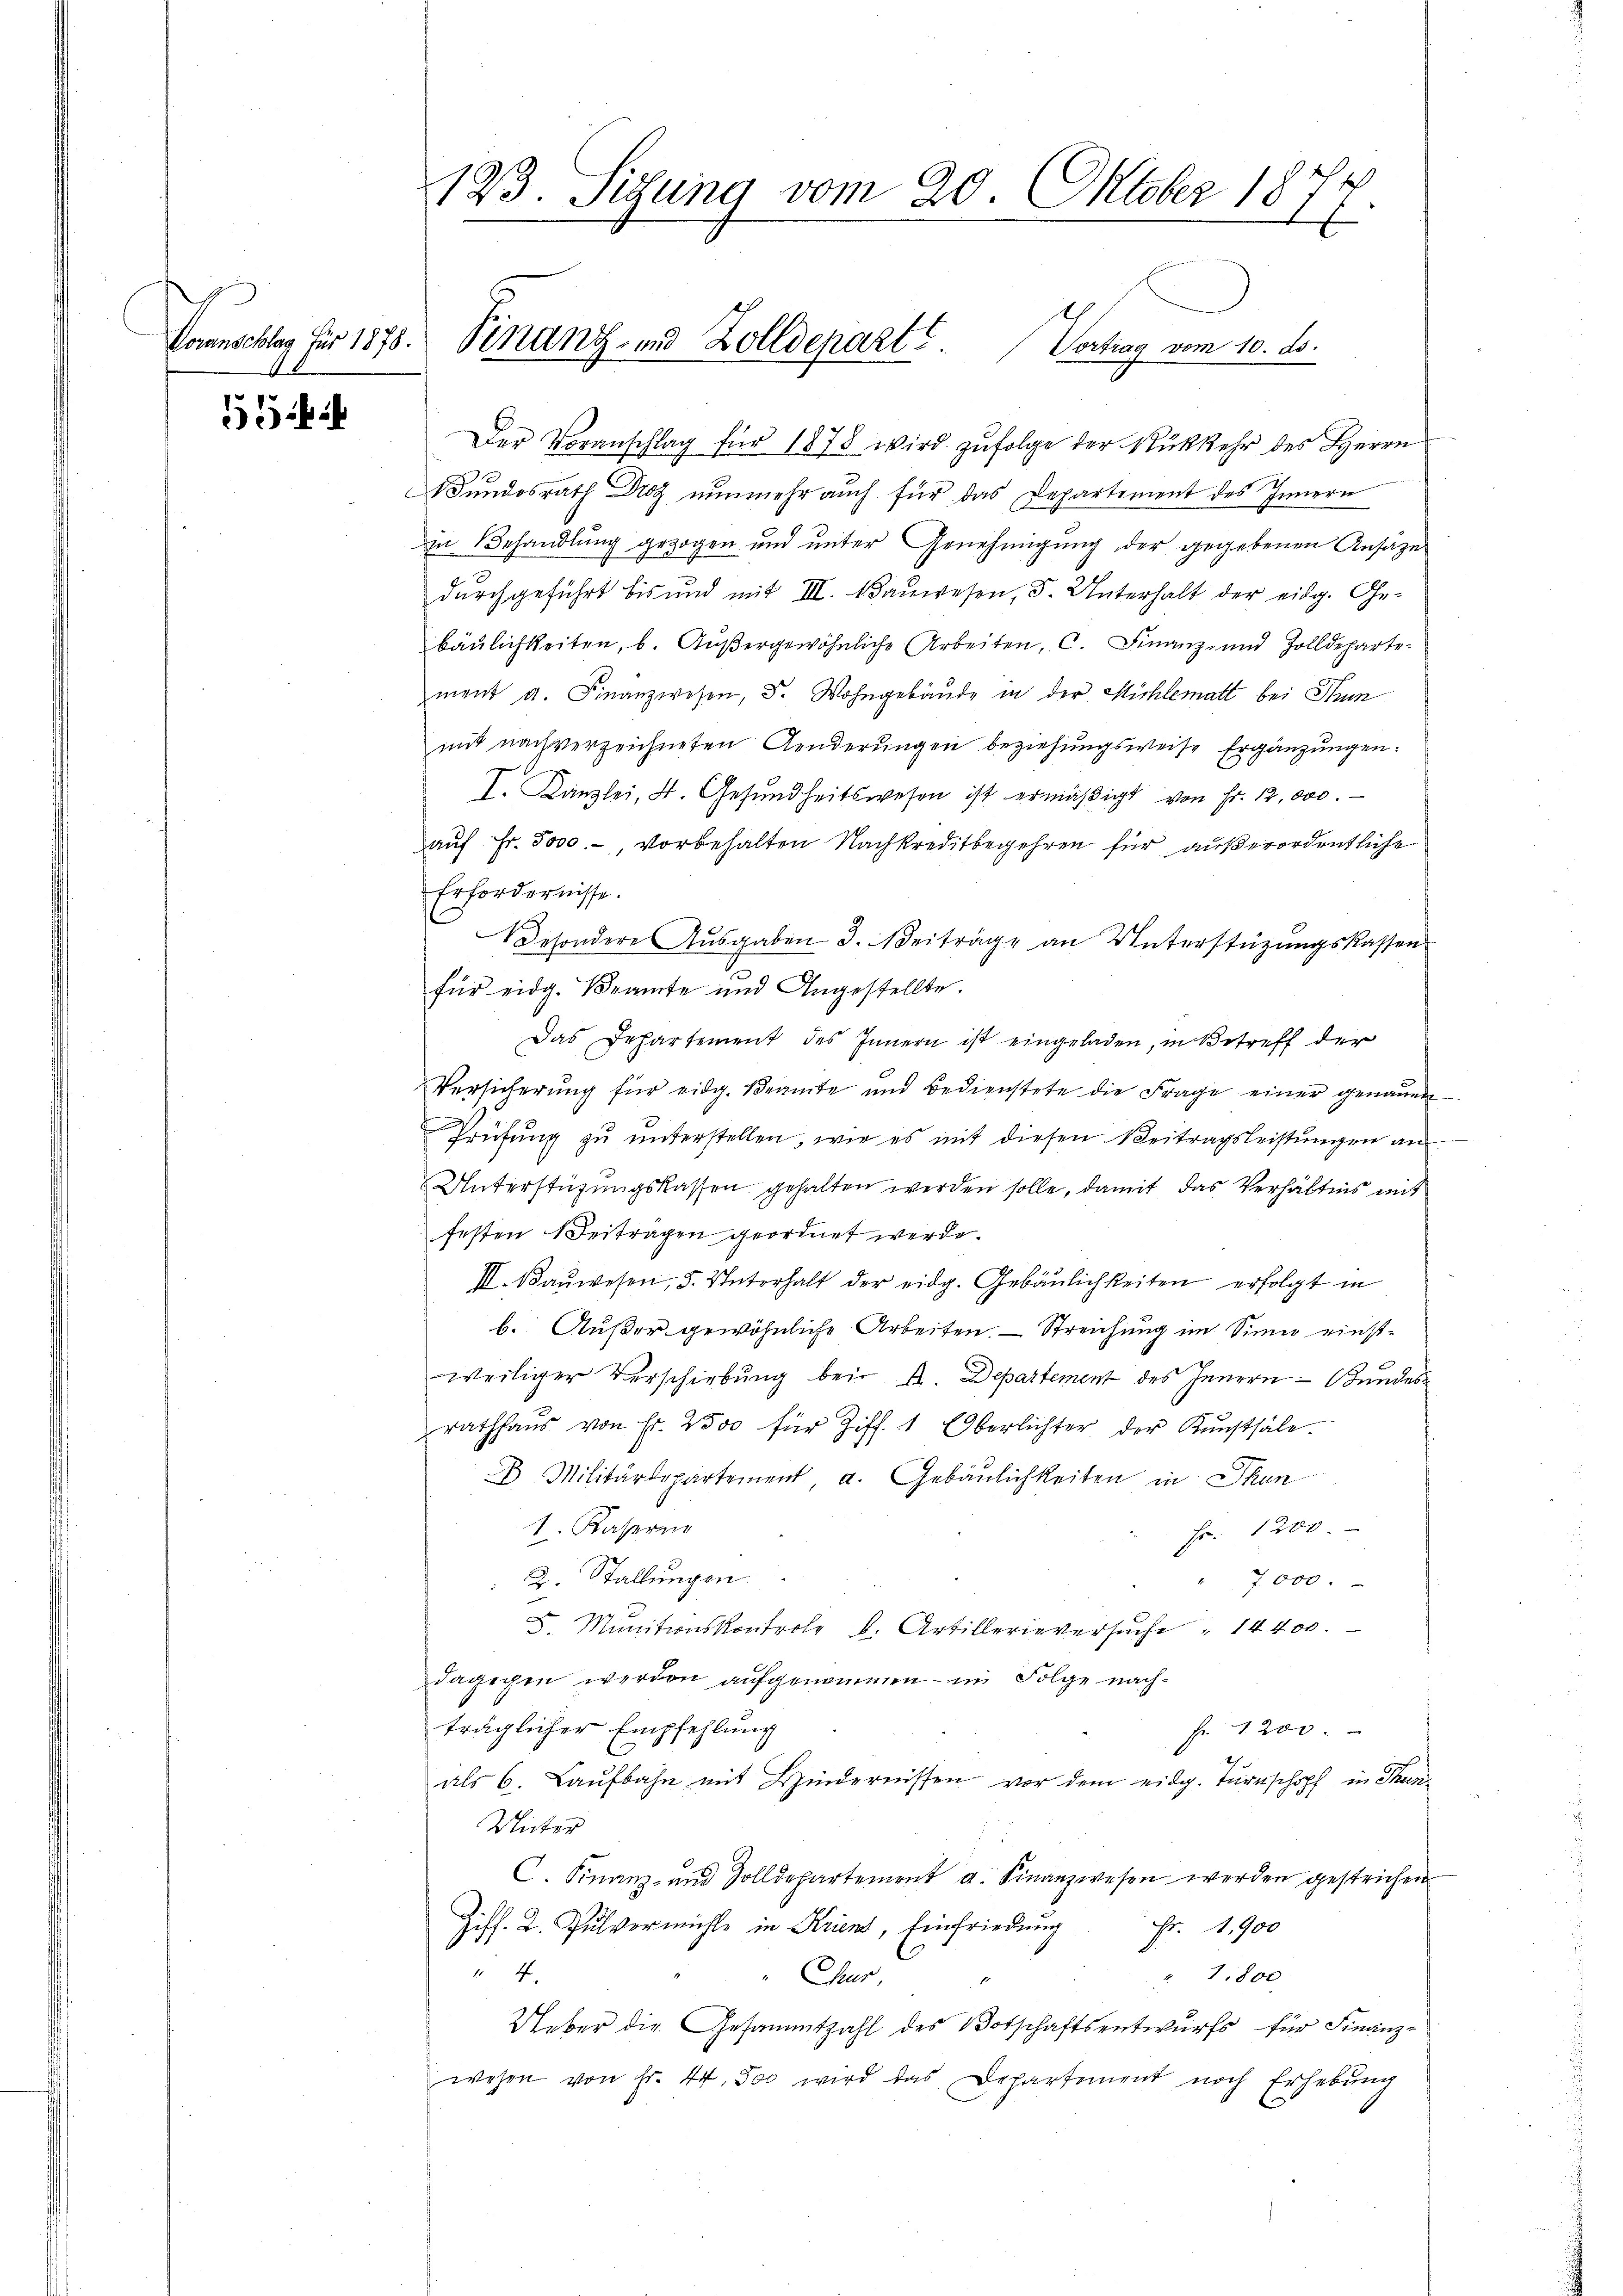
Voranschlag für 1878.

5

Der Voranschlag für 1878 wird zŭfolge der Rückkehr des Herrn
Bundesrath Dro nunmehr auch für das Departement des Innern
in Behandlung gezogen und unter Genehmigŭng der gegebenen Ansätze
durchgeführt bis und mit III. Baŭwesen, 5. Unterhalt der eidg. Ge-
bäulichkeiten, b. Außergewöhnliche Arbeiten, C. Finanz- und Zolldeparte-
ment a. Finanzwesen, d. Wohngebäude in der Michlematt bei Grun
mit nach verzeichneten Aenderungen beziehungsweise Ergänzungen:
I. Kanzlei, d. Gesŭndheitswesen ist ermäβigt von Fr. 12,000.
auf Fr. 5000.-, vorbehalten Nachkreditbegehren für außerordentliche
Erfordernisse.
esondere Ausgaben 3. Beiträge an Unterstüzungskassen
für eidg. Beamte und Angestellte.
Das Irhartement des Innern ist eingeladen, in Betreff der
Versicherŭng für eidg. Beamte und Bedienstete die Frage einer genaŭen
Prüfŭng zŭ ŭnterstellen, wie es mit diesen Beitragsleistŭngen an
Unterstüzungskassen gehalten werden solle, damit das Verhältnis mit
festen Beitragen geordnet werde.
III. Baŭwesen, 5. Unterhalt der eidg. Gebäŭlichkeiten erfolgt in
b. Außer gewöhnliche Arbeiten. — Streichung im Sinne einstweiliger Verschiebung bei A. Departement des Innern Bundes
rathhaŭs von Fr. 2500 für Ziff. 1 Oberlichter der Kunsthäle
B. Militärdepartement, a. Gebäulichkeiten in Than
1. Kaserne
Fr. 1200.
2. Stallungen.
" 7.000.
1
F. Minitionskontrole b. Artillerieversŭche " 14400.
dagegen werden aufgenommen in Folge nachträglicher Empfehlung
fr. 1200.
als 6. Laufbahn mit Hindernissen vor dem eidg. Turnschopf in Thun¬
Unter
C. Finanz- und Zolldepartement a. Finanzwesen werden gestrichen
Ziff. 2. Pulvermühle in Krient, Einfriedung
Fr. 1900
14
 1,800
Chur,
Ueber die Gesammtzahl des Botschaftsentwurfs für Finanz-
wesen von Fr. 44. So wird das Departement noch Erhebŭng

123. Sitzung vom 20. Oktober 1877.

Sinanz- und Zolldepart. Vortrag vom 10. ds.